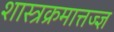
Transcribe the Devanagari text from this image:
शास्त्रक्रमात्तज्ज्ञ